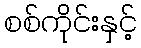
စစ်ကိုင်းနှင့်